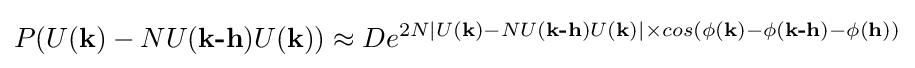
P(U({\textbf {k}})-NU({\textbf {k-h}})U({\textbf {k}}))\approx De^{2N|U({\textbf {k}})-NU({\textbf {k-h}})U({\textbf {k}})|\times cos(\phi ({\textbf {k}})-\phi ({\textbf {k-h}})-\phi ({\textbf {h}}))}